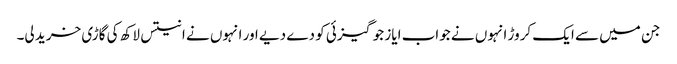
جن میں سے ایک کروڑ انہوں نے جواب ایاز جوگیزئی کو دے دیے اور انہوں نے انتیس لاکھ کی گاڑی خرید لی۔